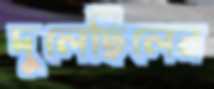
দুলেছিলেন